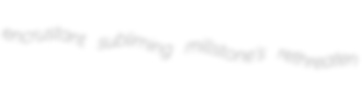
encrustant subliming millstone's rethreaten